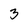
Character: 3